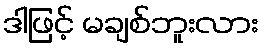
ဒါဖြင့် မချစ်ဘူးလား